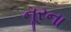
નૂરના